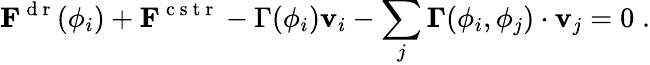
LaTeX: \mathbf{F}^{\mathrm{~d~r~}}(\phi_{i})+\mathbf{F}^{\mathrm{~c~s~t~r~}}-\Gamma(\phi_{i})\mathbf{v}_{i}-\sum_{j}\mathbf{\Gamma}(\phi_{i},\phi_{j})\cdot\mathbf{v}_{j}=0\; .